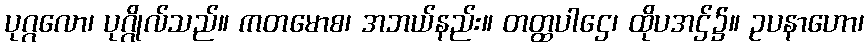
ပုဂ္ဂလော၊ ပုဂ္ဂိုလ်သည်။ ကတမောစ၊ အဘယ်နည်း။ တတ္ထပါဌေ၊ ထိုပအဌ်၌။ ဥပနာဟော၊